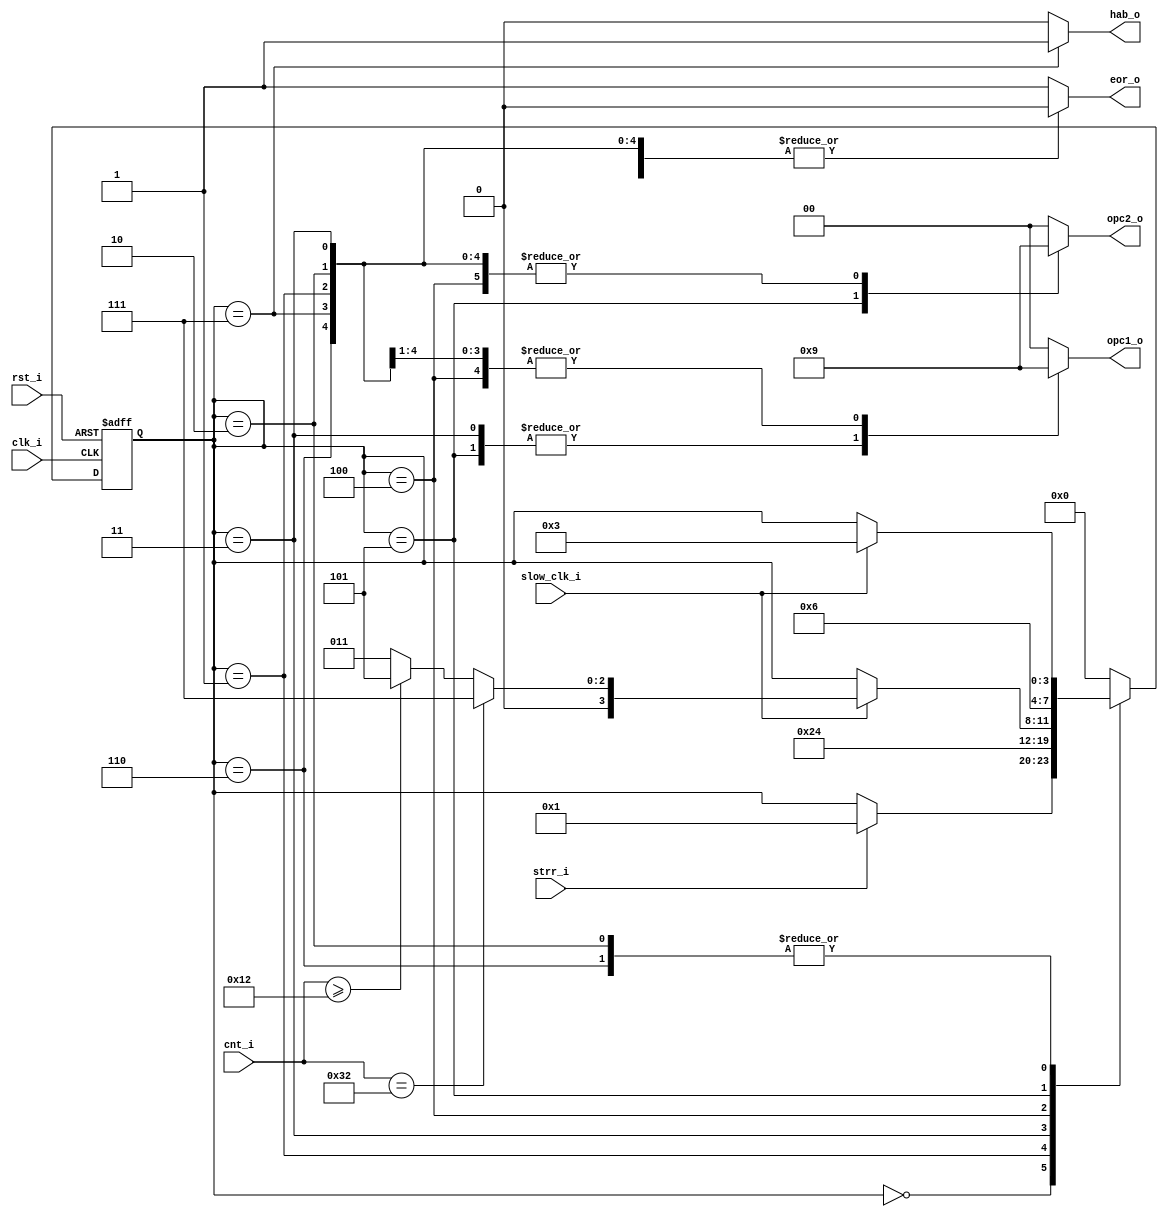
// Name: fsm_spir.v
//
// Description: Maquina de estados utilizada para guardar los datos recibidos del ADC (conversion).

module fsm_spir (
  input             rst_i,
  input             clk_i,
  input             strr_i,
  input             slow_clk_i,
  input      [5:0]  cnt_i,
  output reg [1:0]  opc1_o,
  output reg [1:0]  opc2_o,
  output reg        eor_o,
  output reg        hab_o
);

  localparam [3:0] s0 = 4'b0000, // Wait strr_i, Reset counter_r, Reset sipo_reg
                   s1 = 4'b0001, // 
                   s2 = 4'b0010, //
                   s3 = 4'b0011, //
                   s4 = 4'b0100, //
                   s5 = 4'b0101, //
                   s6 = 4'b0110, //
                   s7 = 4'b0111; //

  reg [3:0] next_state, present_state;

  always @(slow_clk_i, cnt_i, strr_i, present_state) begin
    opc1_o = 2'b00; opc2_o = 2'b00; eor_o = 1'b1; hab_o = 1'b0;
    next_state = present_state;
    case (present_state)
      s0 : begin
             opc1_o = 2'b00; opc2_o = 2'b00; eor_o = 1'b1; hab_o = 1'b0;
             if (strr_i)
               next_state = s1;
           end

      s1 : begin
             opc1_o = 2'b01; opc2_o = 2'b01; eor_o = 1'b0; hab_o = 1'b0;
             next_state = s2;
           end

      s2 : begin
             opc1_o = 2'b01; opc2_o = 2'b01; eor_o = 1'b0; hab_o = 1'b0;
             if (slow_clk_i)
               next_state = s3;
           end

      s3 : begin
             opc1_o = 2'b10; opc2_o = 2'b01; eor_o = 1'b0; hab_o = 1'b0;
             next_state = s4;
           end

      s4 : begin
             opc1_o = 2'b01; opc2_o = 2'b01; eor_o = 1'b0; hab_o = 1'b0;
             if (slow_clk_i) begin
               if (cnt_i == 6'd50) begin
                 next_state = s7;
               end else begin
                 if (cnt_i >= 6'd18)
                   next_state = s5;
                 else
                   next_state = s3;
               end
             end
           end

      s5 : begin
             opc1_o = 2'b10; opc2_o = 2'b10; eor_o = 1'b0; hab_o = 1'b0;
             next_state = s6;
           end

      s6 : begin
             opc1_o = 2'b01; opc2_o = 2'b01; eor_o = 1'b0; hab_o = 1'b0;
             if (slow_clk_i) 
               next_state = s3;
           end

      s7 : begin
             opc1_o = 2'b01; opc2_o = 2'b01; eor_o = 1'b0; hab_o = 1'b1;
             next_state = s0;
           end

      default : begin
                  next_state = s0;
                end
    endcase
  end

  always @(posedge clk_i, posedge rst_i) begin
    if (rst_i)
      present_state <= s0;
    else
      present_state <= next_state;
  end

endmodule